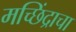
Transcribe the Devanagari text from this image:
मच्छिंद्राचा